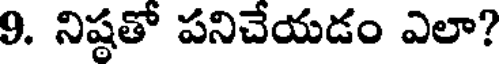
9. నిష్ఠతో పనిచేయడం ఎలా?